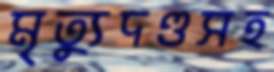
মৃত্যুদণ্ডসহ